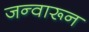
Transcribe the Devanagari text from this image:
जन्वारून